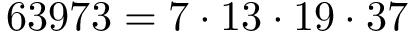
6 3 9 7 3 = 7 \cdot 1 3 \cdot 1 9 \cdot 3 7